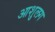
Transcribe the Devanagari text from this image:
आशुलग